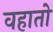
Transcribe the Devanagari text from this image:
वहातो